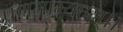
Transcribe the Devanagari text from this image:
प्रणमाम्यहम्।।